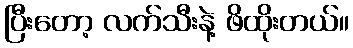
ပြီးတော့ လက်သီးနဲ့ ဖိထိုးတယ်။